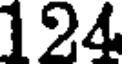
124